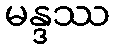
မန္ဒဿ